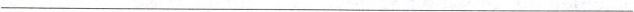
___